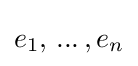
e_{1},\,...\,,e_{n}